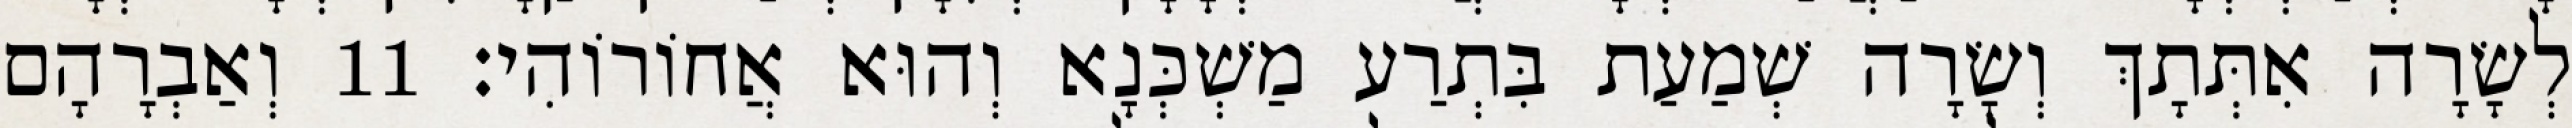
לְשָׂרָה אִתְּתָךְ וְשָׂרָה שְׁמַעַת בִּתְרַע מַשְׁכְּנָא וְהוּא אֲחוֹרוֹהִי׃ 11 וְאַבְרָהָם